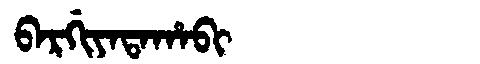
Manchu: ᠪᠠᡵᡤᡳᠶᠠᡨᠠᡥᠠᠪᡳ
Romanization: BARGIYATAHABI